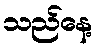
သည်နေ့